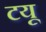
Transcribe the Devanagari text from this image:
टयू